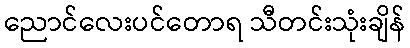
ညောင်လေးပင်တောရ သီတင်းသုံးချိန်